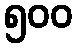
၅၀၀